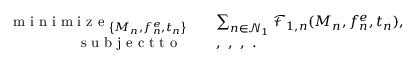
\begin{array} { r l } { \mathop { \textrm { m i n i m i z e } } _ { \left\{ { M _ { n } } , { f _ { n } ^ { e } } , { t _ { n } } \right\} } \ \ \ } & { \sum _ { n \in \mathcal { N } _ { 1 } } \mathcal { F } _ { 1 , n } ( { M _ { n } } , { f _ { n } ^ { e } } , { t _ { n } } ) , } \\ { \textrm { s u b j e c t t o } \ \ \ \ } & { , \ , \ , \ . } \end{array}